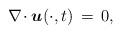
LaTeX: \begin{align*}\nabla \!\cdot \mbox{\boldmath $u$}(\cdot,t) \,=\, 0,\end{align*}